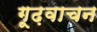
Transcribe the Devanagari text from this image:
गूढ़वाचन